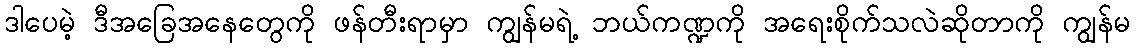
ဒါပေမဲ့ ဒီအခြေအနေတွေကို ဖန်တီးရာမှာ ကျွန်မရဲ့ ဘယ်ကဏ္ဍကို အရေးစိုက်သလဲဆိုတာကို ကျွန်မ